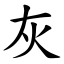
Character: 灰